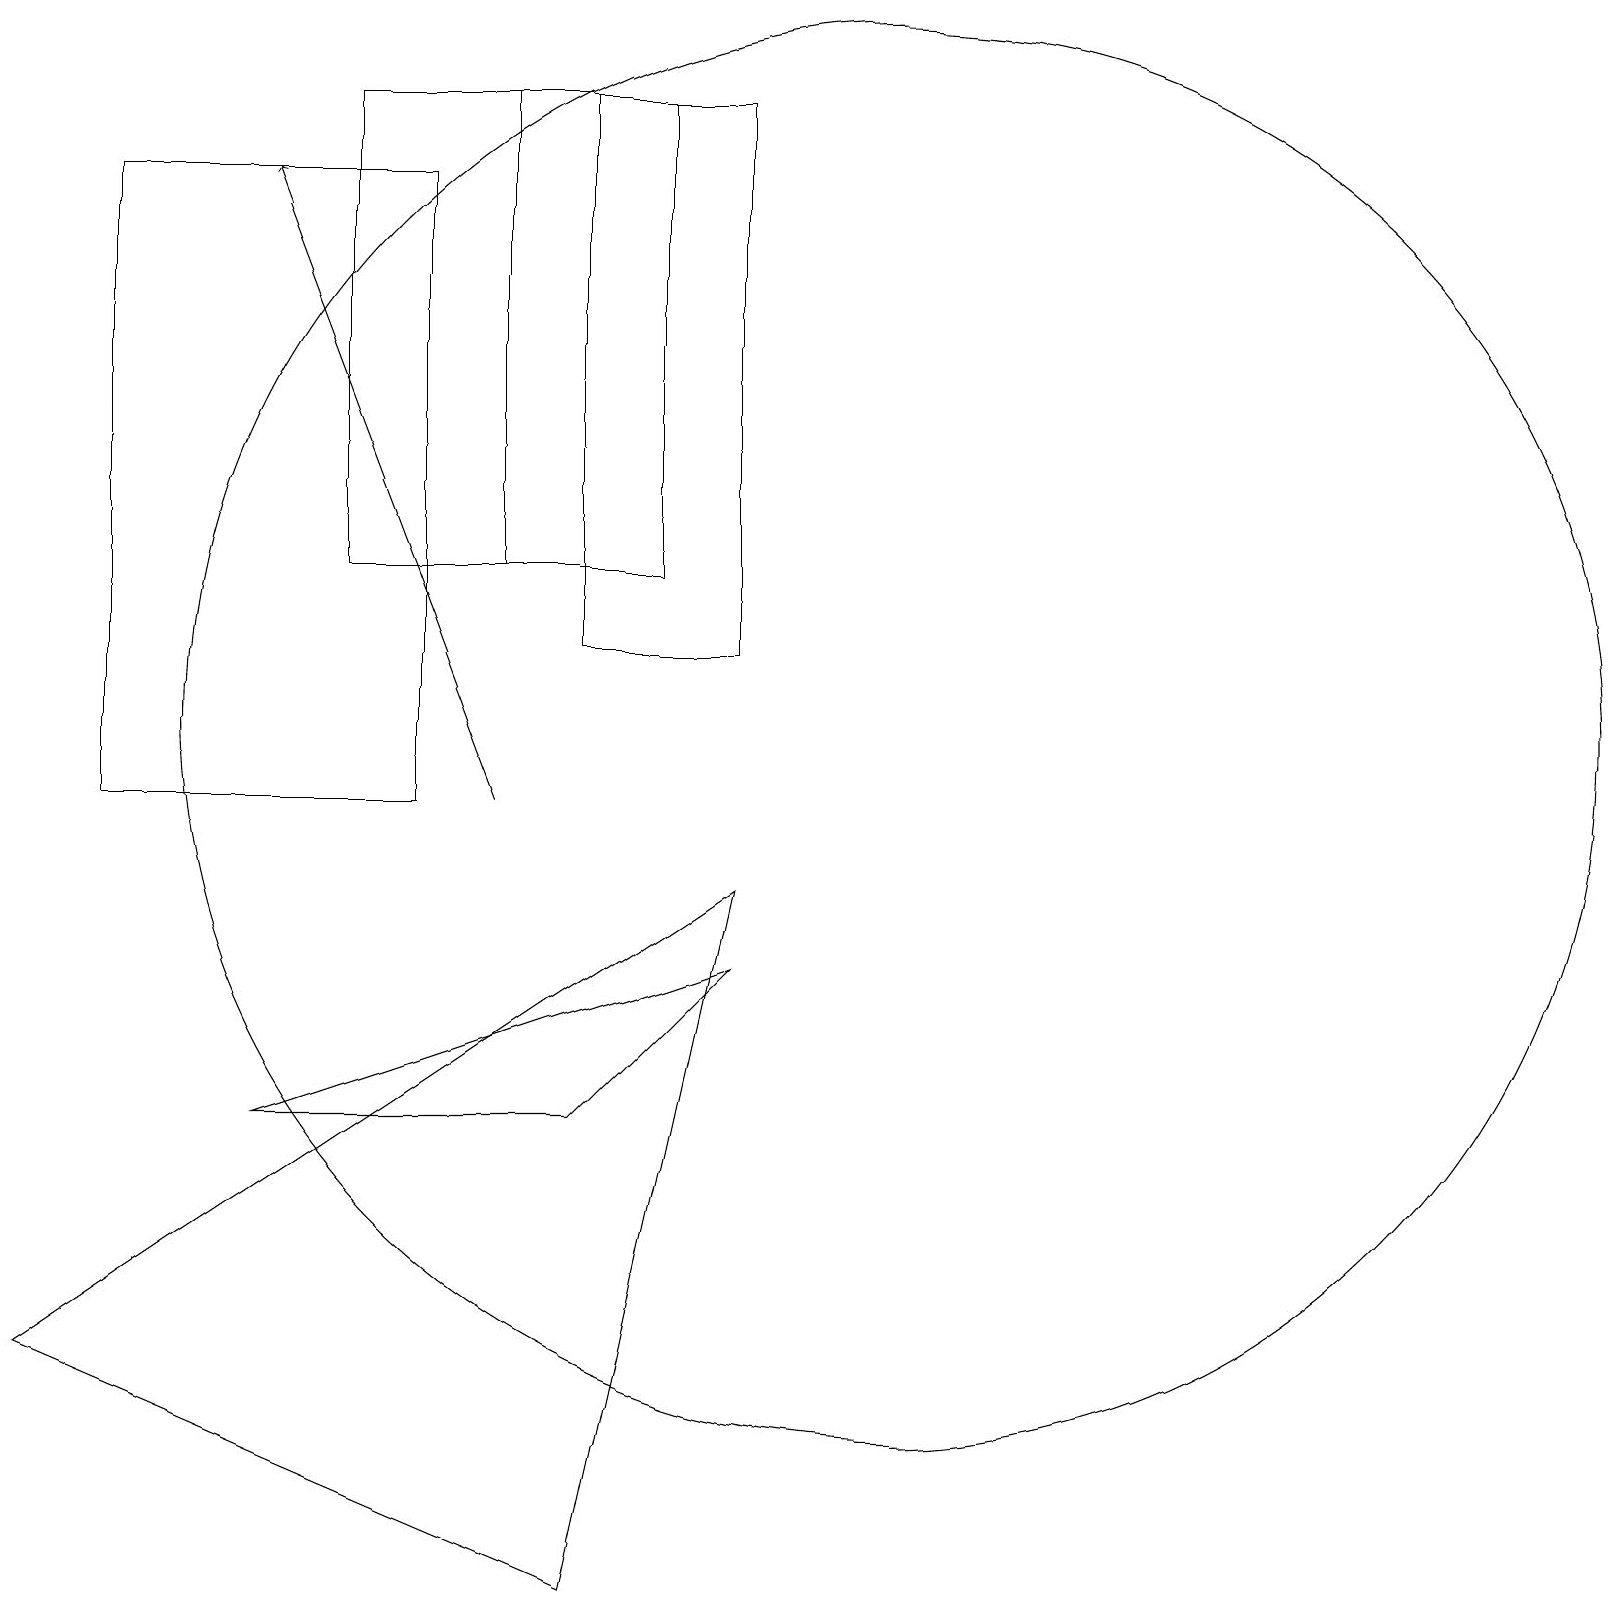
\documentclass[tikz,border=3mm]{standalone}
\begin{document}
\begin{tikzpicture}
\draw (5,10) rectangle (1,18);
\draw (3,6) -- (9,8) -- (7,6) -- cycle;
\draw (6,13) rectangle (8,19);
\draw (4,19) rectangle (7,13);
\draw[->] (6,10) -- (3,18);
\draw (7,12) rectangle (9,19);
\draw (7,0) -- (9,9) -- (0,3) -- cycle;
\draw (11,11) circle (9);
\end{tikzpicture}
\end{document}